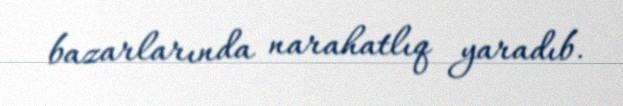
bazarlarında narahatlıq yaradıb.